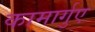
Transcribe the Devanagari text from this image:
कामार्गुए